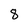
Character: 8